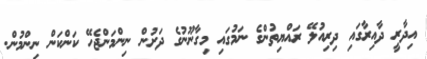
އިދާރީ ދާއިރާގައި ދިރިއުލޭ ރައްޔިތުންގެ ނަމުގައި މިގާނޫނުގެ ދަށުން ނިންމަންޖެހޭ ކަންކަން ނިންމުން.